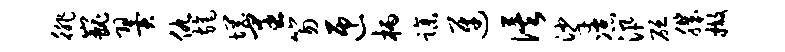
徘巍翼仇旄惘里笏匝柄躁迓俟挲凉汛砭肌撤